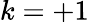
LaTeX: k=+1